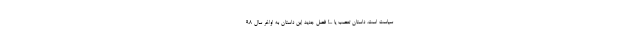
سیاست است، داستان تعصب یا ...! فصل جدید این داستان به اواخر سال ۹۸